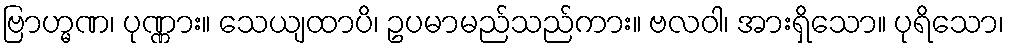
ဗြာဟ္မဏ၊ ပုဏ္ဏား။ သေယျထာပိ၊ ဥပမာမည်သည်ကား။ ဗလဝါ၊ အားရှိသော။ ပုရိသော၊